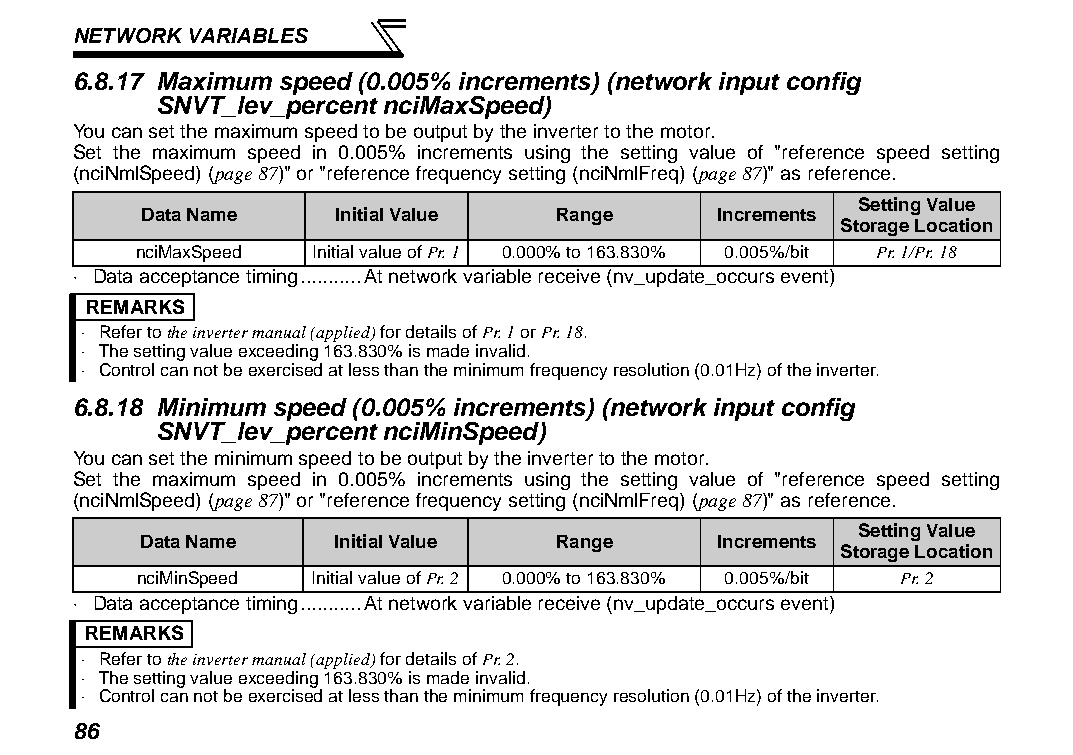
NETWORK VARIABLES
 6.8.17 Maximum speed (0.005% increments) (network input config
 SNVT_lev_percent nciMaxSpeed)
 You can set the maximum speed to be output by the inverter to the motor.
 Set the maximum speed in 0.005% increments using the setting value of "reference speed setting
 (nciNmlSpeed) (page 87)" or "reference frequency setting (nciNmlFreq) (page 87)" as reference.
 Setting Value
 Data Name    Initial Value Range      Increments
 Storage Location
 nciMaxSpeed Initial value of Pr. 1 0.000% to 163.830% 0.005%/bit Pr. 1/Pr. 18
 ⋅ Data acceptance timing...........At network variable receive (nv_update_occurs event)
 REMARKS
 ⋅ Refer to the inverter manual (applied) for details of Pr. 1 or Pr. 18.
 ⋅ The setting value exceeding 163.830% is made invalid.
 ⋅ Control can not be exercised at less than the minimum frequency resolution (0.01Hz) of the inverter.
 6.8.18 Minimum speed (0.005% increments) (network input config
 SNVT_lev_percent nciMinSpeed)
 You can set the minimum speed to be output by the inverter to the motor.
 Set the maximum speed in 0.005% increments using the setting value of "reference speed setting
 (nciNmlSpeed) (page 87)" or "reference frequency setting (nciNmlFreq) (page 87)" as reference.
 Setting Value
 Data Name    Initial Value Range      Increments
 Storage Location
 nciMinSpeed Initial value of Pr. 2 0.000% to 163.830% 0.005%/bit Pr. 2
 ⋅ Data acceptance timing...........At network variable receive (nv_update_occurs event)
 REMARKS
 ⋅ Refer to the inverter manual (applied) for details of Pr. 2.
 ⋅ The setting value exceeding 163.830% is made invalid.
 ⋅ Control can not be exercised at less than the minimum frequency resolution (0.01Hz) of the inverter.
 86